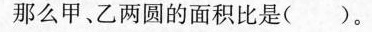
那么甲、乙两圆的面积比是( )。